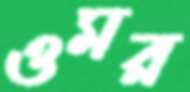
ওমর